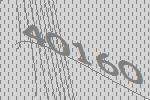
40160